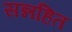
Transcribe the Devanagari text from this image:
सन्नहित